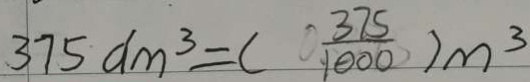
3 7 5 d m ^ { 3 } = ( \frac { 3 7 5 } { 1 0 0 0 } ) m ^ { 3 }